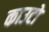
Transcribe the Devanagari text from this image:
काउटो